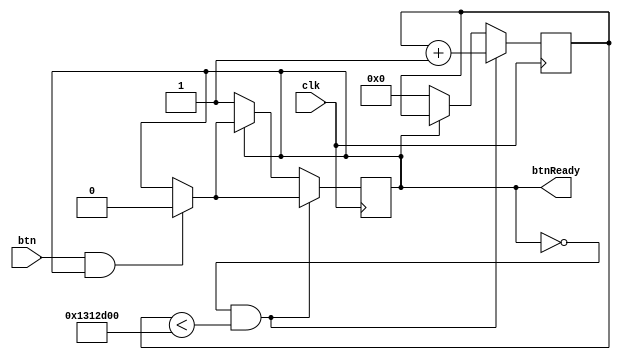
`timescale 1ns / 1ps

module debouncer #(parameter MAX_DEBOUNCE_COUNT = 20000000) (
    input clk,
    input btn,
    output reg btnReady = 1'b1
    );

    reg [31:0] count = 0; // counts debounces

    always @(posedge clk) begin
        if (btn && btnReady) begin
            btnReady <= 1'b0;
        end
        if (!btnReady && (count < MAX_DEBOUNCE_COUNT)) begin
            count <= count + 1;
        end 
        else if (!btnReady) begin
            count <= 0;
            btnReady <= 1'b1;
        end
    end
endmodule